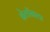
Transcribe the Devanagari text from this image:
ब्रेतॉनला